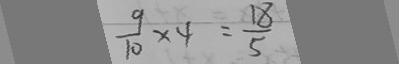
\frac { 9 } { 1 0 } \times 4 = \frac { 1 8 } { 5 }